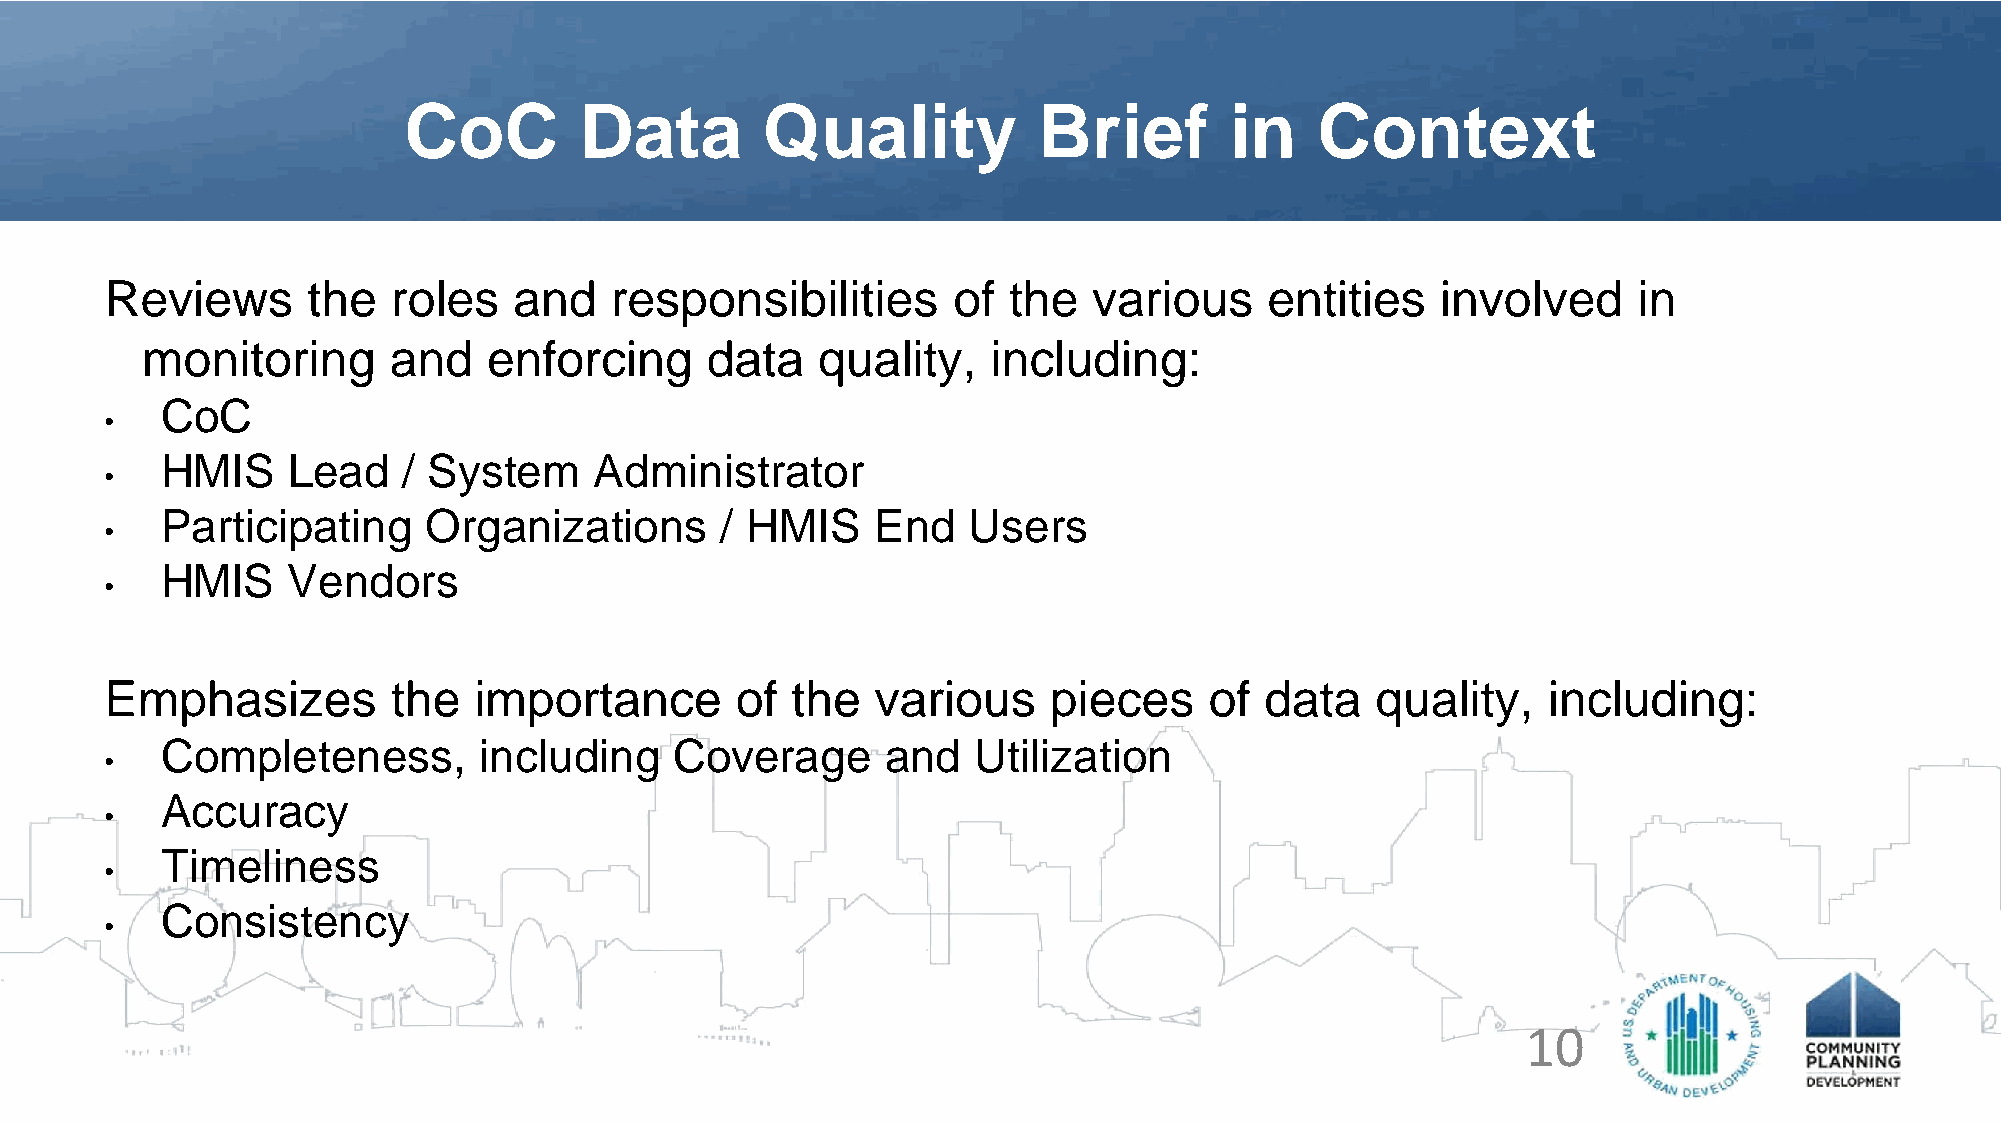
CoC        Data        Quality            Brief       in    Context
 Reviews      the   roles   and   responsibilities       of  the  various     entities   involved     in
 monitoring       and   enforcing      data   quality,    including:
 CoC
 •
 HMIS    Lead    / System    Administrator
 •
 Participating    Organizations       / HMIS    End   Users
 •
 HMIS    Vendors
 •
 Emphasizes         the  importance        of the   various    pieces     of  data   quality,   including:
 Completeness,        including    Coverage      and  Utilization
 •
 Accuracy
 •
 Timeliness
 •
 Consistency
 •
 10